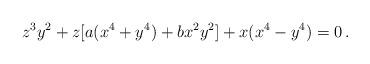
LaTeX: \begin{align*} z^3 y^2 + z[a(x^4 + y^4) + bx^2 y^2] + x(x^4 - y^4) = 0 \, . \end{align*}